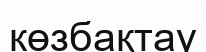
көзбақтау